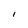
Character: I